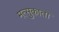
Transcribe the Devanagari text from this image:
मत्सुकाता